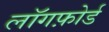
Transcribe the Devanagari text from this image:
लॉगफ़ोर्ड